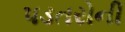
પડતરોની